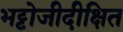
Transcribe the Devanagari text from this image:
भट्टोजीदीक्षित